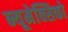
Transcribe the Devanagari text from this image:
न्यूमेक्सिको